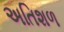
અતિશળ